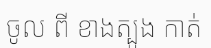
ចូល ពី ខាងត្បូង កាត់